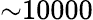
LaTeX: {\sim}10000